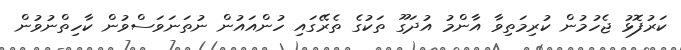
ކަރުފޮޅު ޖެހުމުން ކުރިމަތިވާ އާންމު އުދަގޫ ތަކުގެ ތެރޭގައި ހުންއައުން ނުތަނަވަސްވުން ކާހިތްނުވުން